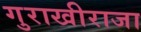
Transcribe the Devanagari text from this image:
गुराखीराजा